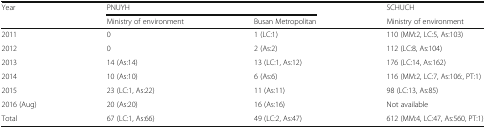
<table><thead><tr><td rowspan="2"><b>Year</b></td><td colspan="2"><b>PNUYH</b></td><td><b>SCHUCH</b></td></tr><tr><td><b>Ministry of environment</b></td><td><b>Busan Metropolitan</b></td><td><b>Ministry of environment</b></td></tr></thead><tbody><tr><td>2011</td><td>0</td><td>1 (LC:1)</td><td>110 (MM:2, LC:5, As:103)</td></tr><tr><td>2012</td><td>0</td><td>2 (As:2)</td><td>112 (LC:8, As:104)</td></tr><tr><td>2013</td><td>14 (As:14)</td><td>13 (LC:1, As:12)</td><td>176 (LC:14, As:162)</td></tr><tr><td>2014</td><td>10 (As:10)</td><td>6 (As:6)</td><td>116 (MM:2, LC:7, As:106:, PT:1)</td></tr><tr><td>2015</td><td>23 (LC:1, As:22)</td><td>11 (As:11)</td><td>98 (LC:13, As:85)</td></tr><tr><td>2016 (Aug)</td><td>20 (As:20)</td><td>16 (As:16)</td><td>Not available</td></tr><tr><td>Total</td><td>67 (LC:1, As:66)</td><td>49 (LC:2, As:47)</td><td>612 (MM:4, LC:47, As:560, PT:1)</td></tr></tbody></table>